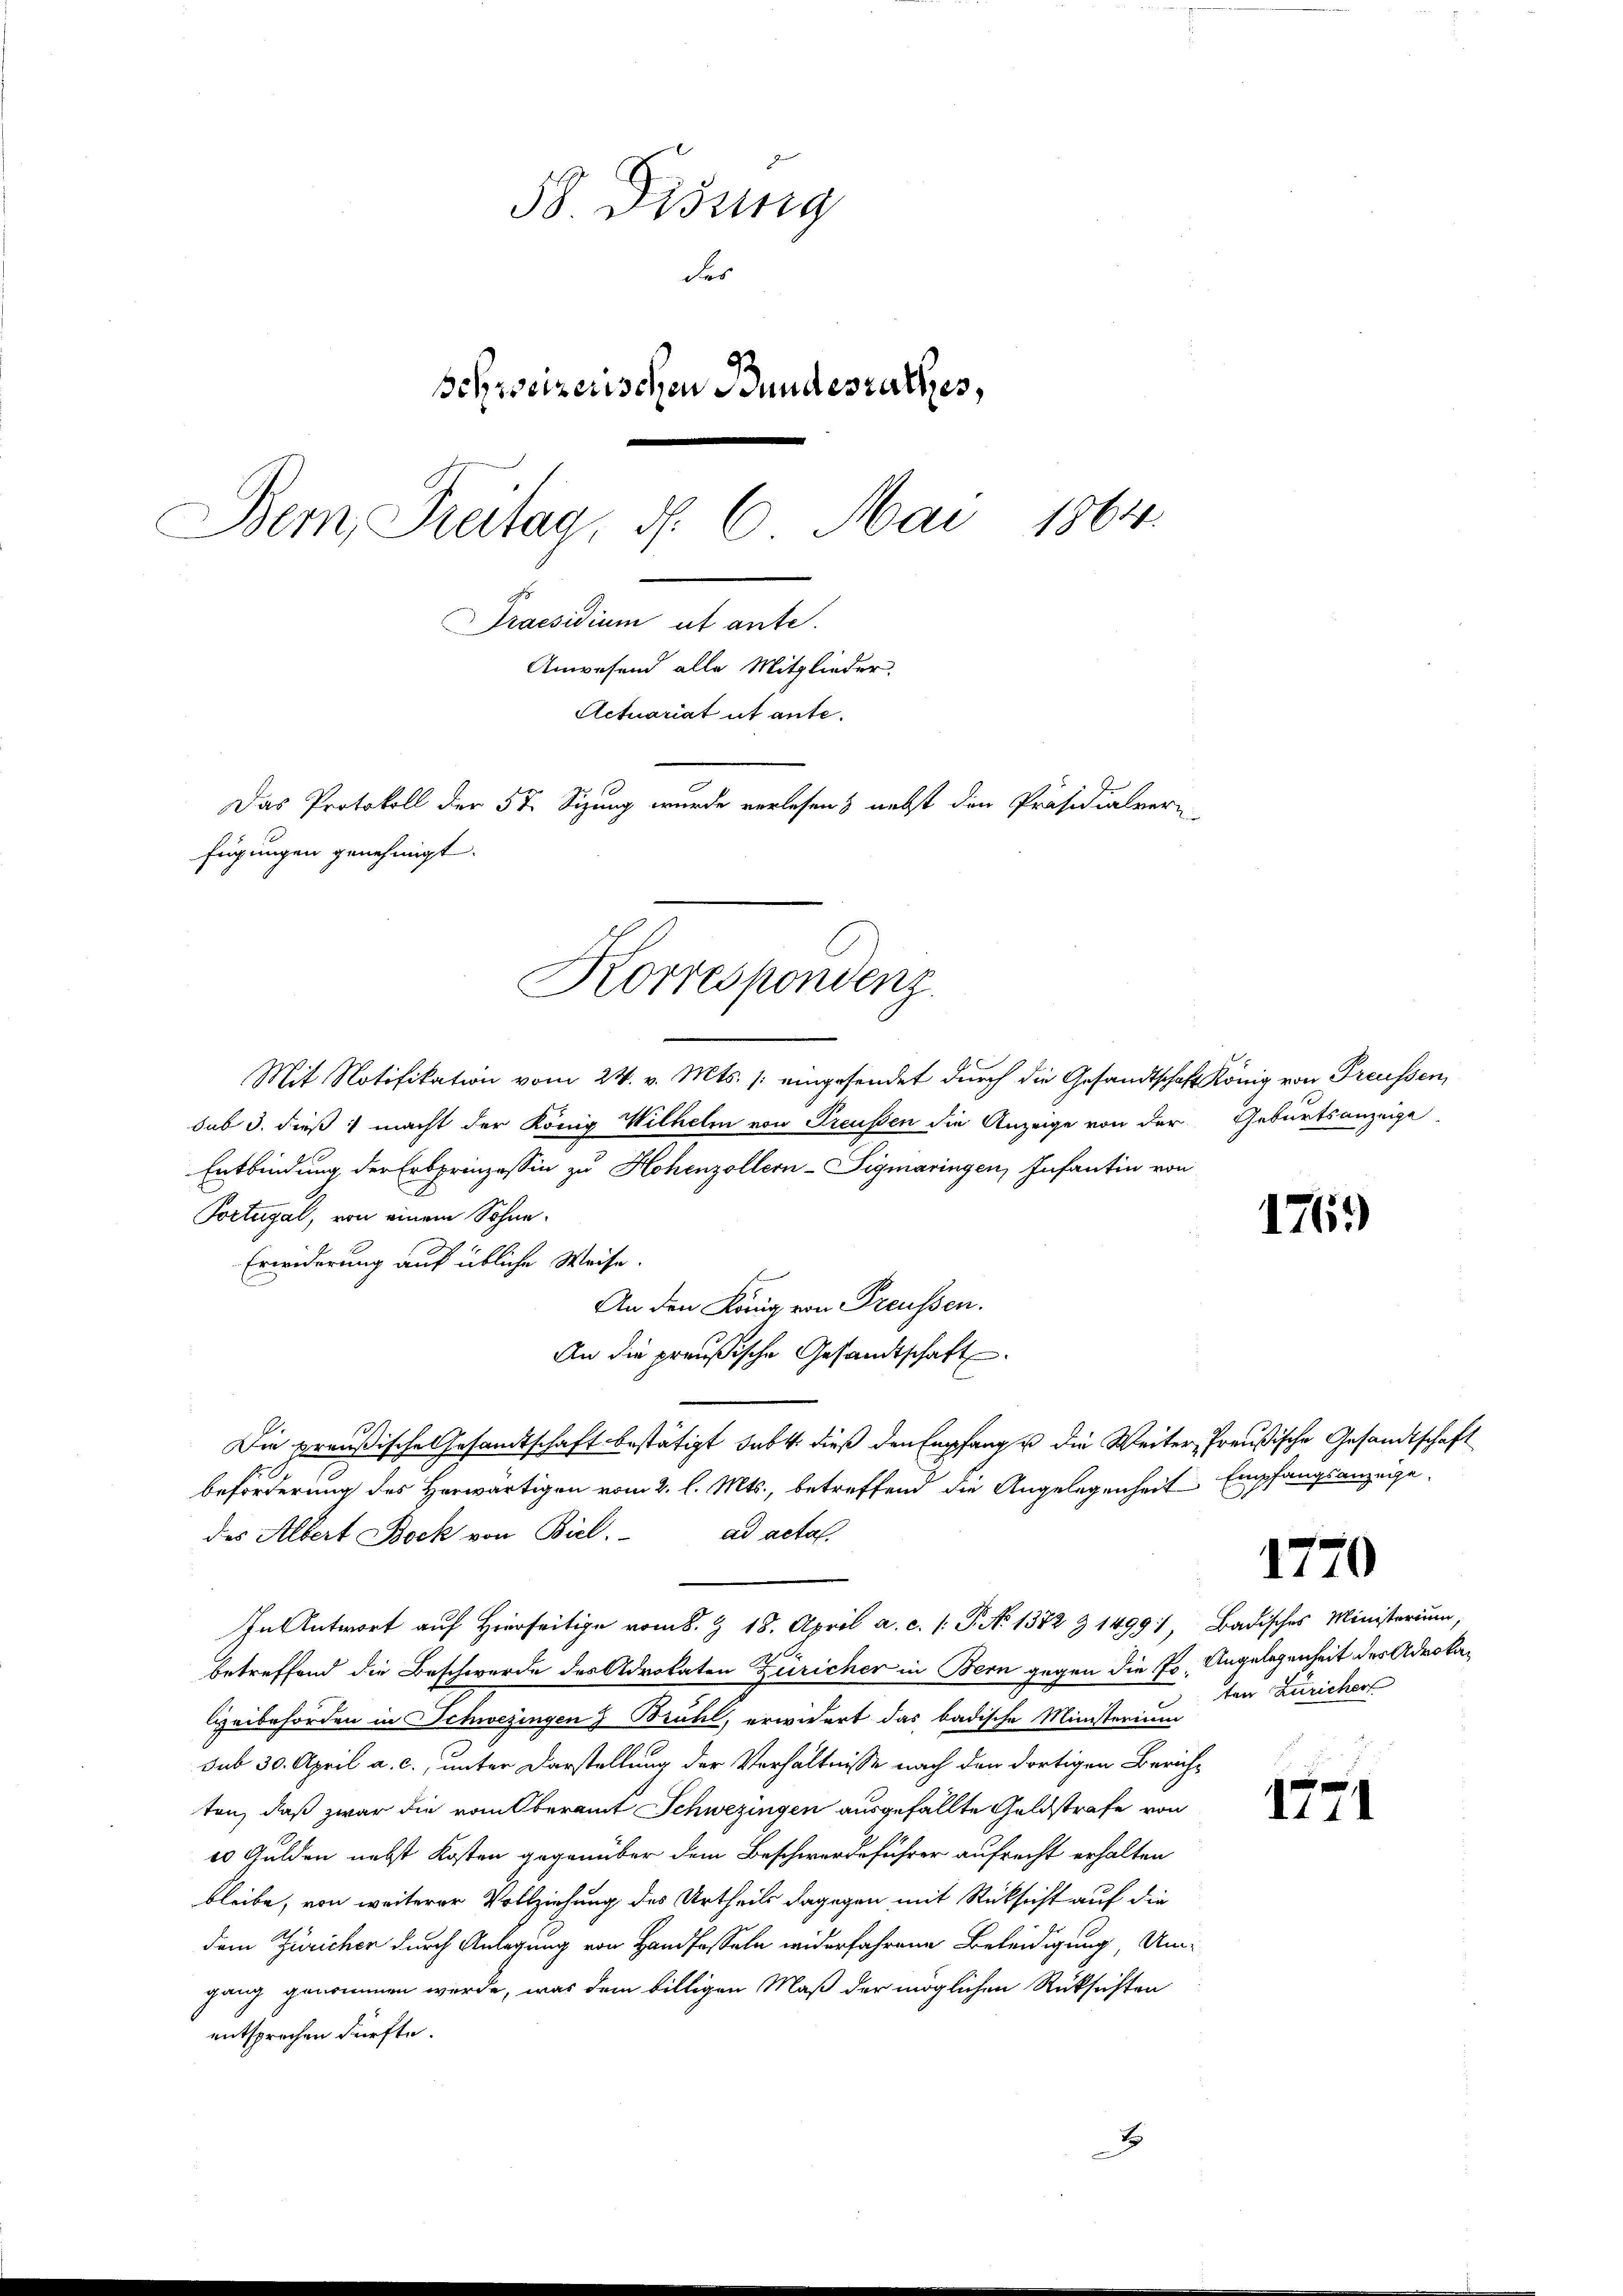
58. Disung
des
schweizerischen Bundesrathes,
Bem Treitag, d. 6. Mai 1864.
Praesidium ut ante.
Anwesend alle Mitglieder.
Actuariat ut ante.
Das Protokoll der 5t Sizung wurde verlesen & nebst den Präsidialver
fügungen genehmigt.

Mit Notifikation vom 24. v. Mts. /: eingesendet durch die Gesandtschaft König von Preussen,
sub 3. dieß macht der König Wilhelm von Preußen die Anzeige von der Geburtsanzeige
Entbindung der Erbprinzessin zu Hohenzollern-Sigmaringen, Infantin von
Portugal, von einem Sohne
Erwiderung auf übliche Weise.
An den König von Preussen.
An die preußische Gesandtschaft
Die preußische Gesandtschaft bestätigt habt, dieß den Empfang u die Weiter, Preußische Gesandtschaft
beförderung des Herwärtigen vom 2. l. Mts., betreffend die Angelegenheit Empfangsanzuge-
des Albert Bock von Biel. ad actal.
In Antwort auf Hierseitig vom 8. § 18. April a. c. /: P. No 1382 & 1499), Badisches Ministerium,
betreffend die Beschwerde des Advokaten Züricher in Bern gegen die Po. Angelegenheit der Advokalizeibehörden in Schwezingen Brühl, erwidert das badische Ministerium
sub 30. April a. c., unter Darstellung der Verhältnisse nach den dortigen Zürichten, daß zwar die vom Oberamt Schwezingen ausgefällte Geldstrafe von
10 Gulden nebst Kosten gegenüber dem Beschwerdeführer aufrecht erhalten
bleibe, von weiterer Vollziehung des Urtheils dagegen mit Rücksicht auf die
dem Züricher durch Anlegung von Handfasseln widerfahrene Beleidigung, Umgang genommen werde, was dem billigen Maß der möglichen Rüksichten
entsprechen dürfte.

Korrespondenz

J

176.

1770

ten Züricher

1771